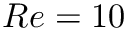
R e = 1 0